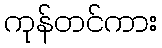
ကုန်တင်ကား